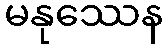
မနုဿေန